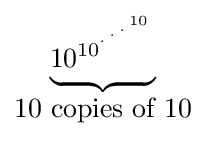
{\begin{matrix}\underbrace {10_{}^{10^{{}^{.\,^{.\,^{.\,^{10}}}}}}} \\10{\mbox{ copies of }}10\end{matrix}}